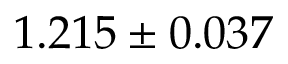
1 . 2 1 5 \pm 0 . 0 3 7